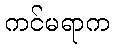
ကင်မရာက